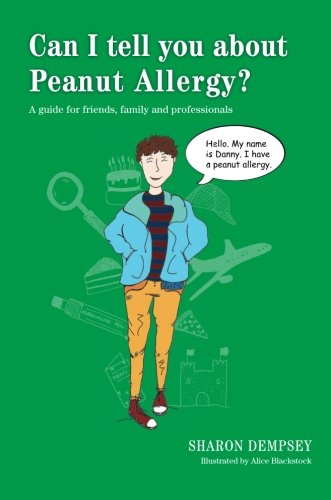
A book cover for Can I tell you about Peanut Allergy?; Sharon Dempsey; Health, Fitness & Dieting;